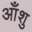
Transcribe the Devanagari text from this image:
आँशु